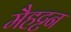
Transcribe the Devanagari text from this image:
मैहट्टन